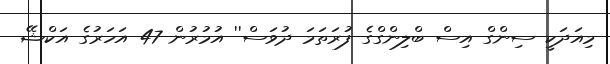
މިއަދަކީ ސިންގް އިސް ބްލިންގްގެ ފުރަތަމަ ދުވަސް'' އުމުރުން 47 އަހަރުގެ އަކްޝޭ